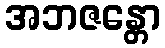
အဘဇန္တော